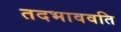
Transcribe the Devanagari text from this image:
तदभाववति